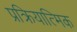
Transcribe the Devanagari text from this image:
प्रक्रियात्मिक